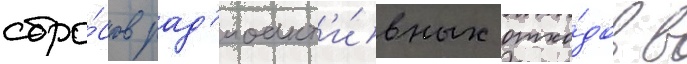
сбро́сов рад'иоакт'и́вных отхо́дов в